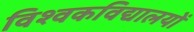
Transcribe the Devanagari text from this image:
विश्वकविद्यालयों